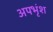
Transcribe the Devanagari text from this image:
अपभृंश